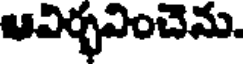
ఆవిర్భవించెను.